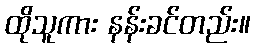
ထိုသူကား နန်းခင်တည်း။